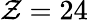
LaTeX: \mathcal{Z}=24